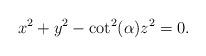
LaTeX: \begin{align*}x^2 + y^2 -\cot^2(\alpha) z^2=0.\end{align*}